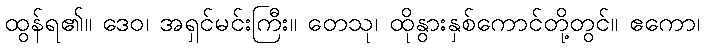
ထွန်ရ၏။ ဒေဝ၊ အရှင်မင်းကြီး။ တေသု၊ ထိုနွားနှစ်ကောင်တို့တွင်။ ဧကော၊